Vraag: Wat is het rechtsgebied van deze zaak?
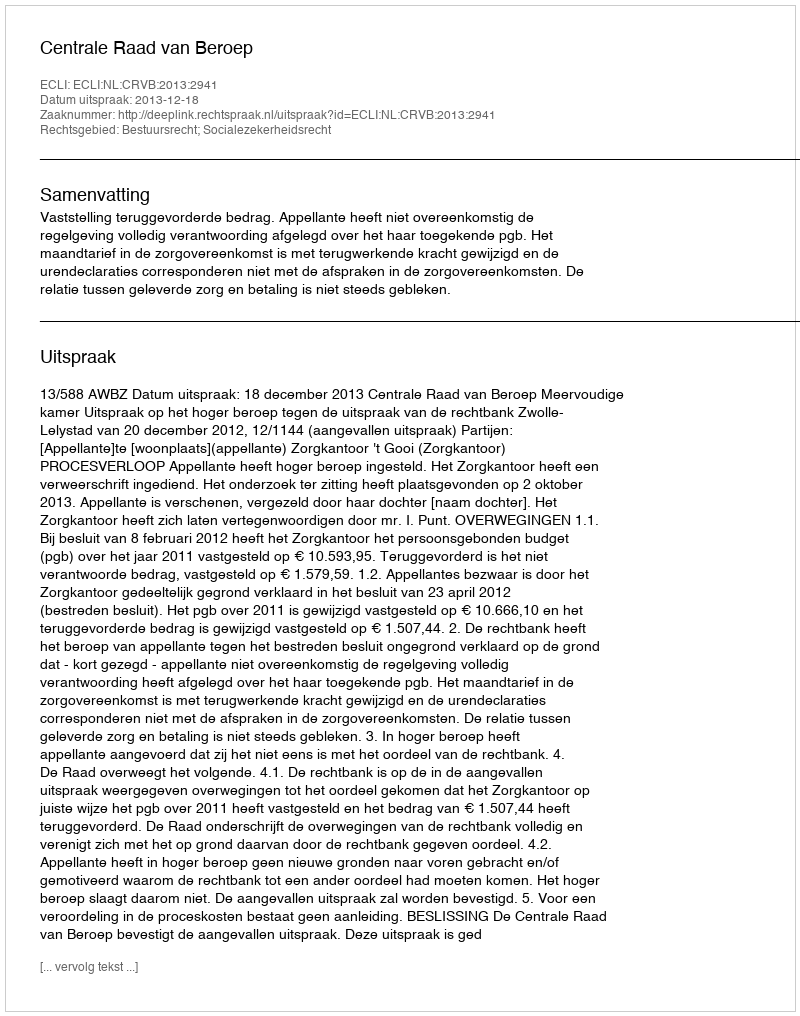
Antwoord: Bestuursrecht; Socialezekerheidsrecht